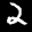
Label: 2